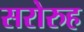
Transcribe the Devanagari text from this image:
सरोरुह